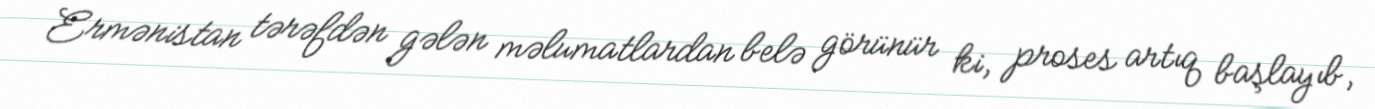
Ermənistan tərəfdən gələn məlumatlardan belə görünür ki, proses artıq başlayıb,